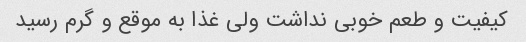
کیفیت و طعم خوبی نداشت ولی غذا به موقع و گرم رسید